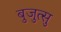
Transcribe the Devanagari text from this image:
बुजुत्सु